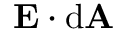
\mathbf { E } \cdot \mathrm { d } \mathbf { A }